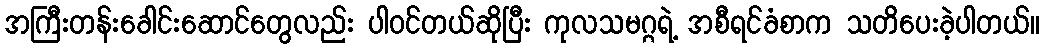
အကြီးတန်းခေါင်းဆောင်တွေလည်း ပါဝင်တယ်ဆိုပြီး ကုလသမဂ္ဂရဲ့ အစီရင်ခံစာက သတိပေးခဲ့ပါတယ်။